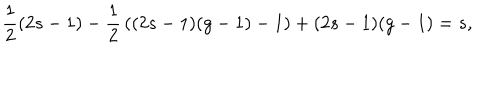
{ \frac { 1 } { 2 } } ( 2 s - 1 ) - { \frac { 1 } { 2 } } \left( ( 2 s - 1 ) ( g - 1 ) - 1 \right) + ( 2 s - 1 ) ( g - 1 ) = s ,